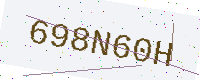
Text: 698N60H